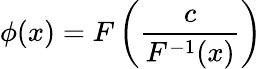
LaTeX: \phi(x)=F\left(\frac{c}{F^{-1}(x)}\right)